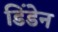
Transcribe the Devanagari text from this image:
डिंडेन